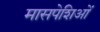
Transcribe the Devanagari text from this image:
मासपेशिओं